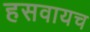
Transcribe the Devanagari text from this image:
हसवायच